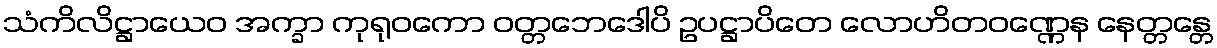
သံကိလိဋ္ဌာယေဝ အက္ခာ ကုရုဝကော ဝတ္တဘေဒေါပိ ဥပဋ္ဌာပိတေ လောဟိတဝဏ္ဏေန နေတ္တန္တေ